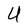
Character: U